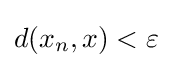
d(x_{n},x)<\varepsilon